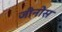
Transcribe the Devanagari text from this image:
जीनोस